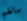
مالهم